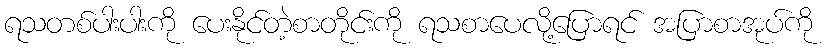
ရသတစ်ပါးပါးကို ပေးနိုင်တဲ့စာတိုင်းကို ရသစာပေလို့ပြောရင် အပြာစာအုပ်ကို